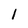
Character: 1